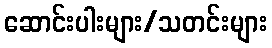
ဆောင်းပါးများ/သတင်းများ